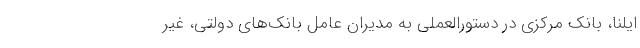
ایلنا، بانک مرکزی در دستورالعملی به مدیران عامل بانک‌های دولتی، غیر